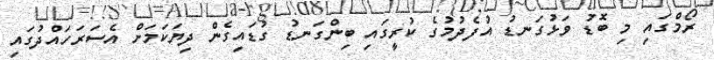
ރޯމްގައި މި ބޮޑު ވަޅުގަނޑު އުފެދުމުގެ ކުރީގައި ބިންގަނޑު ގުޑައިގެން ދިޔަކަމަށް އެސަރަހައްދުގައި